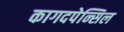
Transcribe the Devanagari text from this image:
कागदपेन्सिल